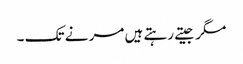
مگر جیتے رہتے ہیں مر نے تک ۔